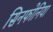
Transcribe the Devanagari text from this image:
सिनफोनिया